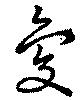
夐